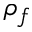
\rho _ { f }